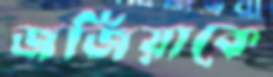
জর্জিয়াকে